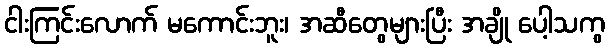
ငါးကြင်းလောက် မကောင်းဘူး၊ အဆီတွေများပြီး အချို ပေါ့သကွ